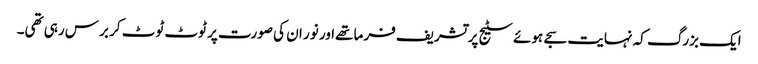
ایک بزرگ کہ نہایت سجے ہوئے سٹیج پر تشریف فرما تھےاور نور ان کی صورت پر ٹوٹ ٹوٹ کر برس رہی تھی۔